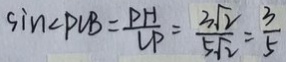
\sin \angle P C B = \frac { P H } { C P } = \frac { 3 \sqrt { 2 } } { 5 \sqrt { 2 } } = \frac { 3 } { 5 }